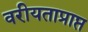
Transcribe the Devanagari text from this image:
वरीयताप्राप्त